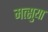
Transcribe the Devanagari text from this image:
मत्सुया